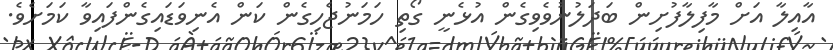
އާއިލާ އަށް މާފިލާފުށިން ބަދަލުނުވެވިގެން އުޅެނީ ގޯތި ހަމަނުޖެހިގެން ކަން އެނިވަޑައިގެންފައިވާ ކަމަށެވެ.